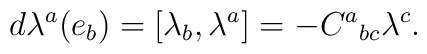
d\lambda^a(e_b) = [\lambda_b, \lambda^a ] = - C^a{}_{bc}\lambda^c.